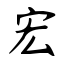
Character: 宏